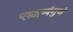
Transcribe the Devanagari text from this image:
एकद्रव्यंगुणं